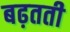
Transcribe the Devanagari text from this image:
बढ़तती